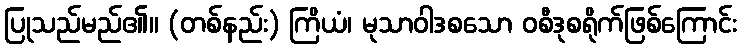
ပြုသည်မည်၏။ (တစ်နည်း) ကြိယံ၊ မုသာဝါဒစသော ဝစီဒုစရိုက်ဖြစ်ကြောင်း